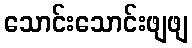
သောင်းသောင်းဖျဖျ